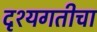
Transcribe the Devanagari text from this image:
दृश्यगतीचा